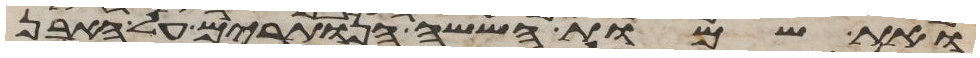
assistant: ואת שמות הששה הנותרים על האבן